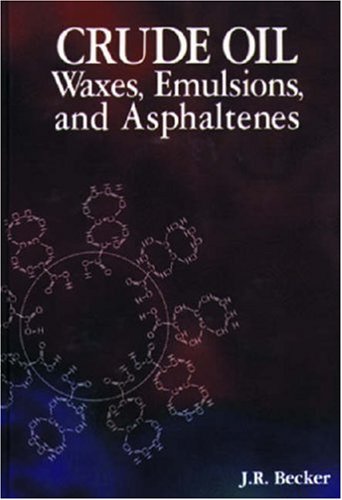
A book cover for Crude Oil Waxes, Emulsions, and Asphaltenes; J. R. Becker; Science & Math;